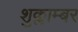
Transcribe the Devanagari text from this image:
शुक्लाम्बर